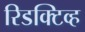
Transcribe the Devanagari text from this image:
रिडक्टिव्ह